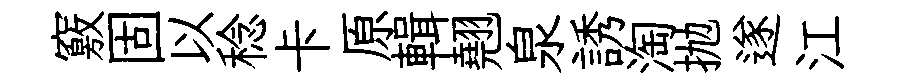
竅固以稔卡原輯翹泉誘淘抛遂江